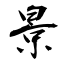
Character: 景